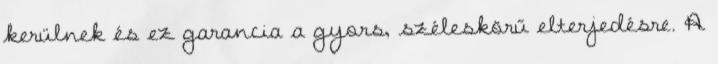
kerülnek és ez garancia a gyors, széleskörű elterjedésre. A